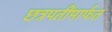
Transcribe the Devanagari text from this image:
छत्रपतींमार्फत